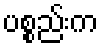
ပစ္စည်းက